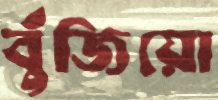
বুঁজিয়ো